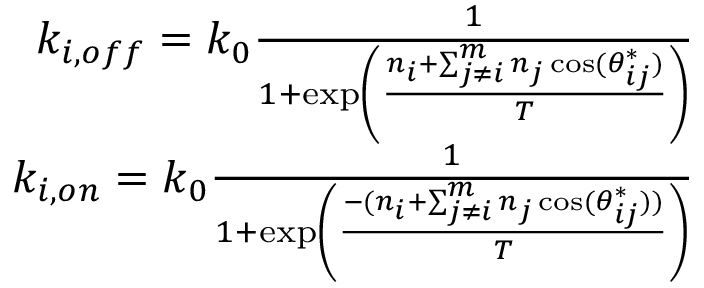
\begin{array} { r } { k _ { i , o f f } = k _ { 0 } \frac { 1 } { 1 + \exp \left( \frac { n _ { i } + \sum _ { j \neq i } ^ { m } n _ { j } \cos ( \theta _ { i j } ^ { * } ) } { T } \right) } } \\ { k _ { i , o n } = k _ { 0 } \frac { 1 } { 1 + \exp \left( \frac { - ( n _ { i } + \sum _ { j \neq i } ^ { m } n _ { j } \cos ( \theta _ { i j } ^ { * } ) ) } { T } \right) } } \end{array}